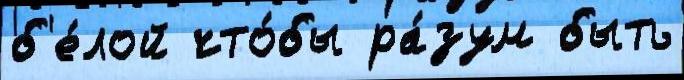
б'е́лой что́бы ра́зум быть